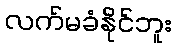
လက်မခံနိုင်ဘူး